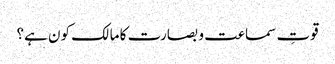
قوتِ سماعت و بصارت کا مالک کون ہے؟